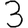
Digit: 3